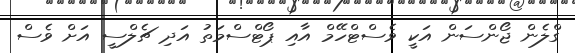
ގްލެން ޖޯންސަން އަކީ ވެސްޓްހޭމް އާއި ޕޯޓްސްމަތު އަދި ޗެލްސީ އަށް ވެސް